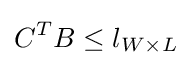
C^{T}B\leq l_{W\times L}